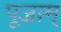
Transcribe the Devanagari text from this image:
पूजाम्